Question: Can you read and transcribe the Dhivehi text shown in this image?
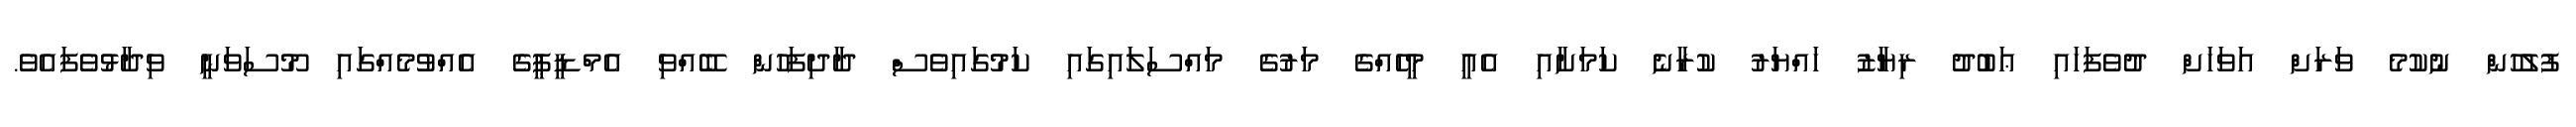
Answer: ފުލުހުން ނުކުމެ ވަރަށް އަވަހަށް ދުވެފަހައި ޢަބުދު ރިޔާޒު ހައްޔަރު ކުރާނެ ކަމަށާއި އެއީ މީހެއްގެ މަރުގެ މައްސަލައިގައި ކަމުގައިވެސް ދާދިފަހުން ބޭއްވި އެމްޑީޕީގެ އެއްވުމެއްގައި މޫސަވަނީ ވިދާޅުވެފައެވެ.